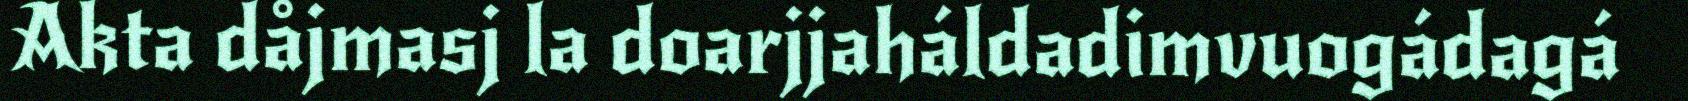
Akta dåjmasj la doarjjaháldadimvuogádagá